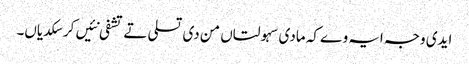
ایدی وجہ ایہ وے کہ مادی سہولتاں من دی تسلی تے تشفی نئیں کر سکدیاں۔